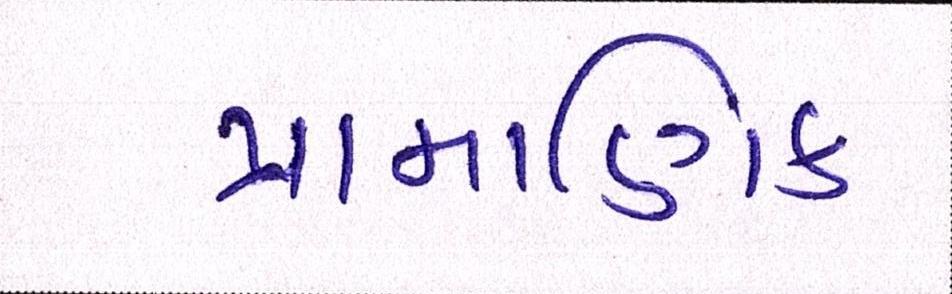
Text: પ્રામાણિક